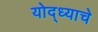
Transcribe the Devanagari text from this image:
योद्ध्याचे